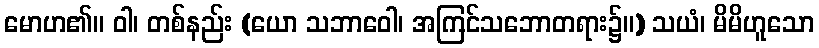
မောဟ၏။ ဝါ၊ တစ်နည်း (ယော သဘာဝေါ၊ အကြင်သဘောတရား၌။) သယံ၊ မိမိဟူသော